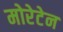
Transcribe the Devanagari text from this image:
मोरेटेन